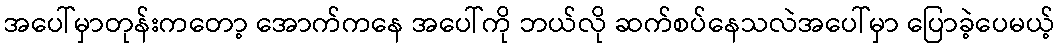
အပေါ်မှာတုန်းကတော့ အောက်ကနေ အပေါ်ကို ဘယ်လို ဆက်စပ်နေသလဲအပေါ်မှာ ပြောခဲ့ပေမယ့်